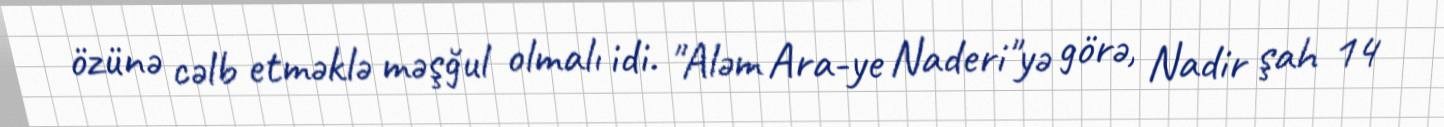
özünə cəlb etməklə məşğul olmalı idi. "Aləm Ara-ye Naderi"yə görə, Nadir şah 14